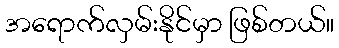
အရောက်လှမ်းနိုင်မှာ ဖြစ်တယ်။